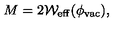
M = 2 { \cal W } _ { \mathrm { e f f } } ( \phi _ { \mathrm { v a c } } ) ,